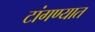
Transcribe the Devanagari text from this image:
टांगण्यात